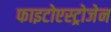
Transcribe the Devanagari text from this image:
फाइटोएस्ट्रोजेन